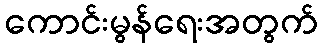
ကောင်းမွန်ရေးအတွက်